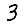
Digit: 3